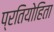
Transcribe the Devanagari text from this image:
प्रतियोहिता